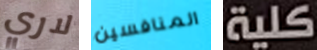
لاري المنافسين كلية